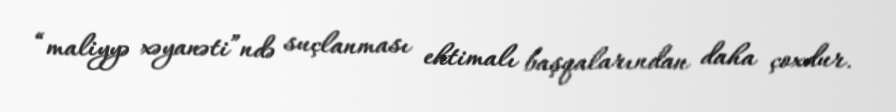
“maliyyə xəyanəti”ndə suçlanması ehtimalı başqalarından daha çoxdur.